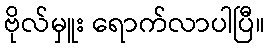
ဗိုလ်မှူး ရောက်လာပါပြီ။